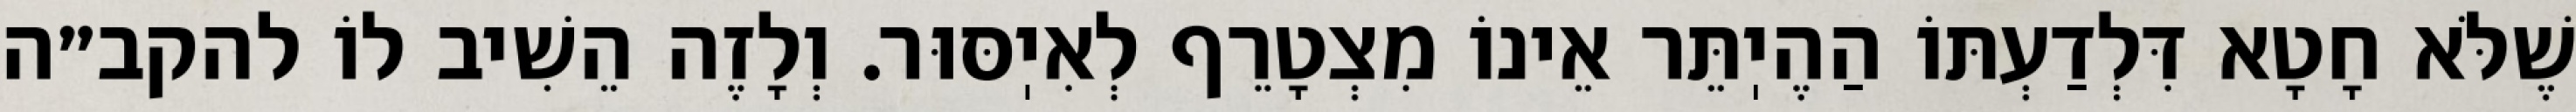
שֶׁלֹּא חָטָא דִּלְדַעְתּוֹ הַהֶיֽתֵּר אֵינוֹ מִצְטָרֵף לְאִיֽסּוּר. וְלָזֶה הֵשִׁיב לוֹ להקב״ה